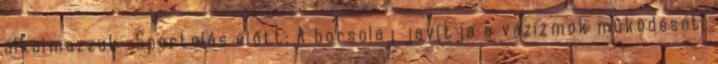
alkalmazzuk -Sportolás előtt: A borsolaj javítja a vázizmok működését,